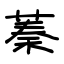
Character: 蓁